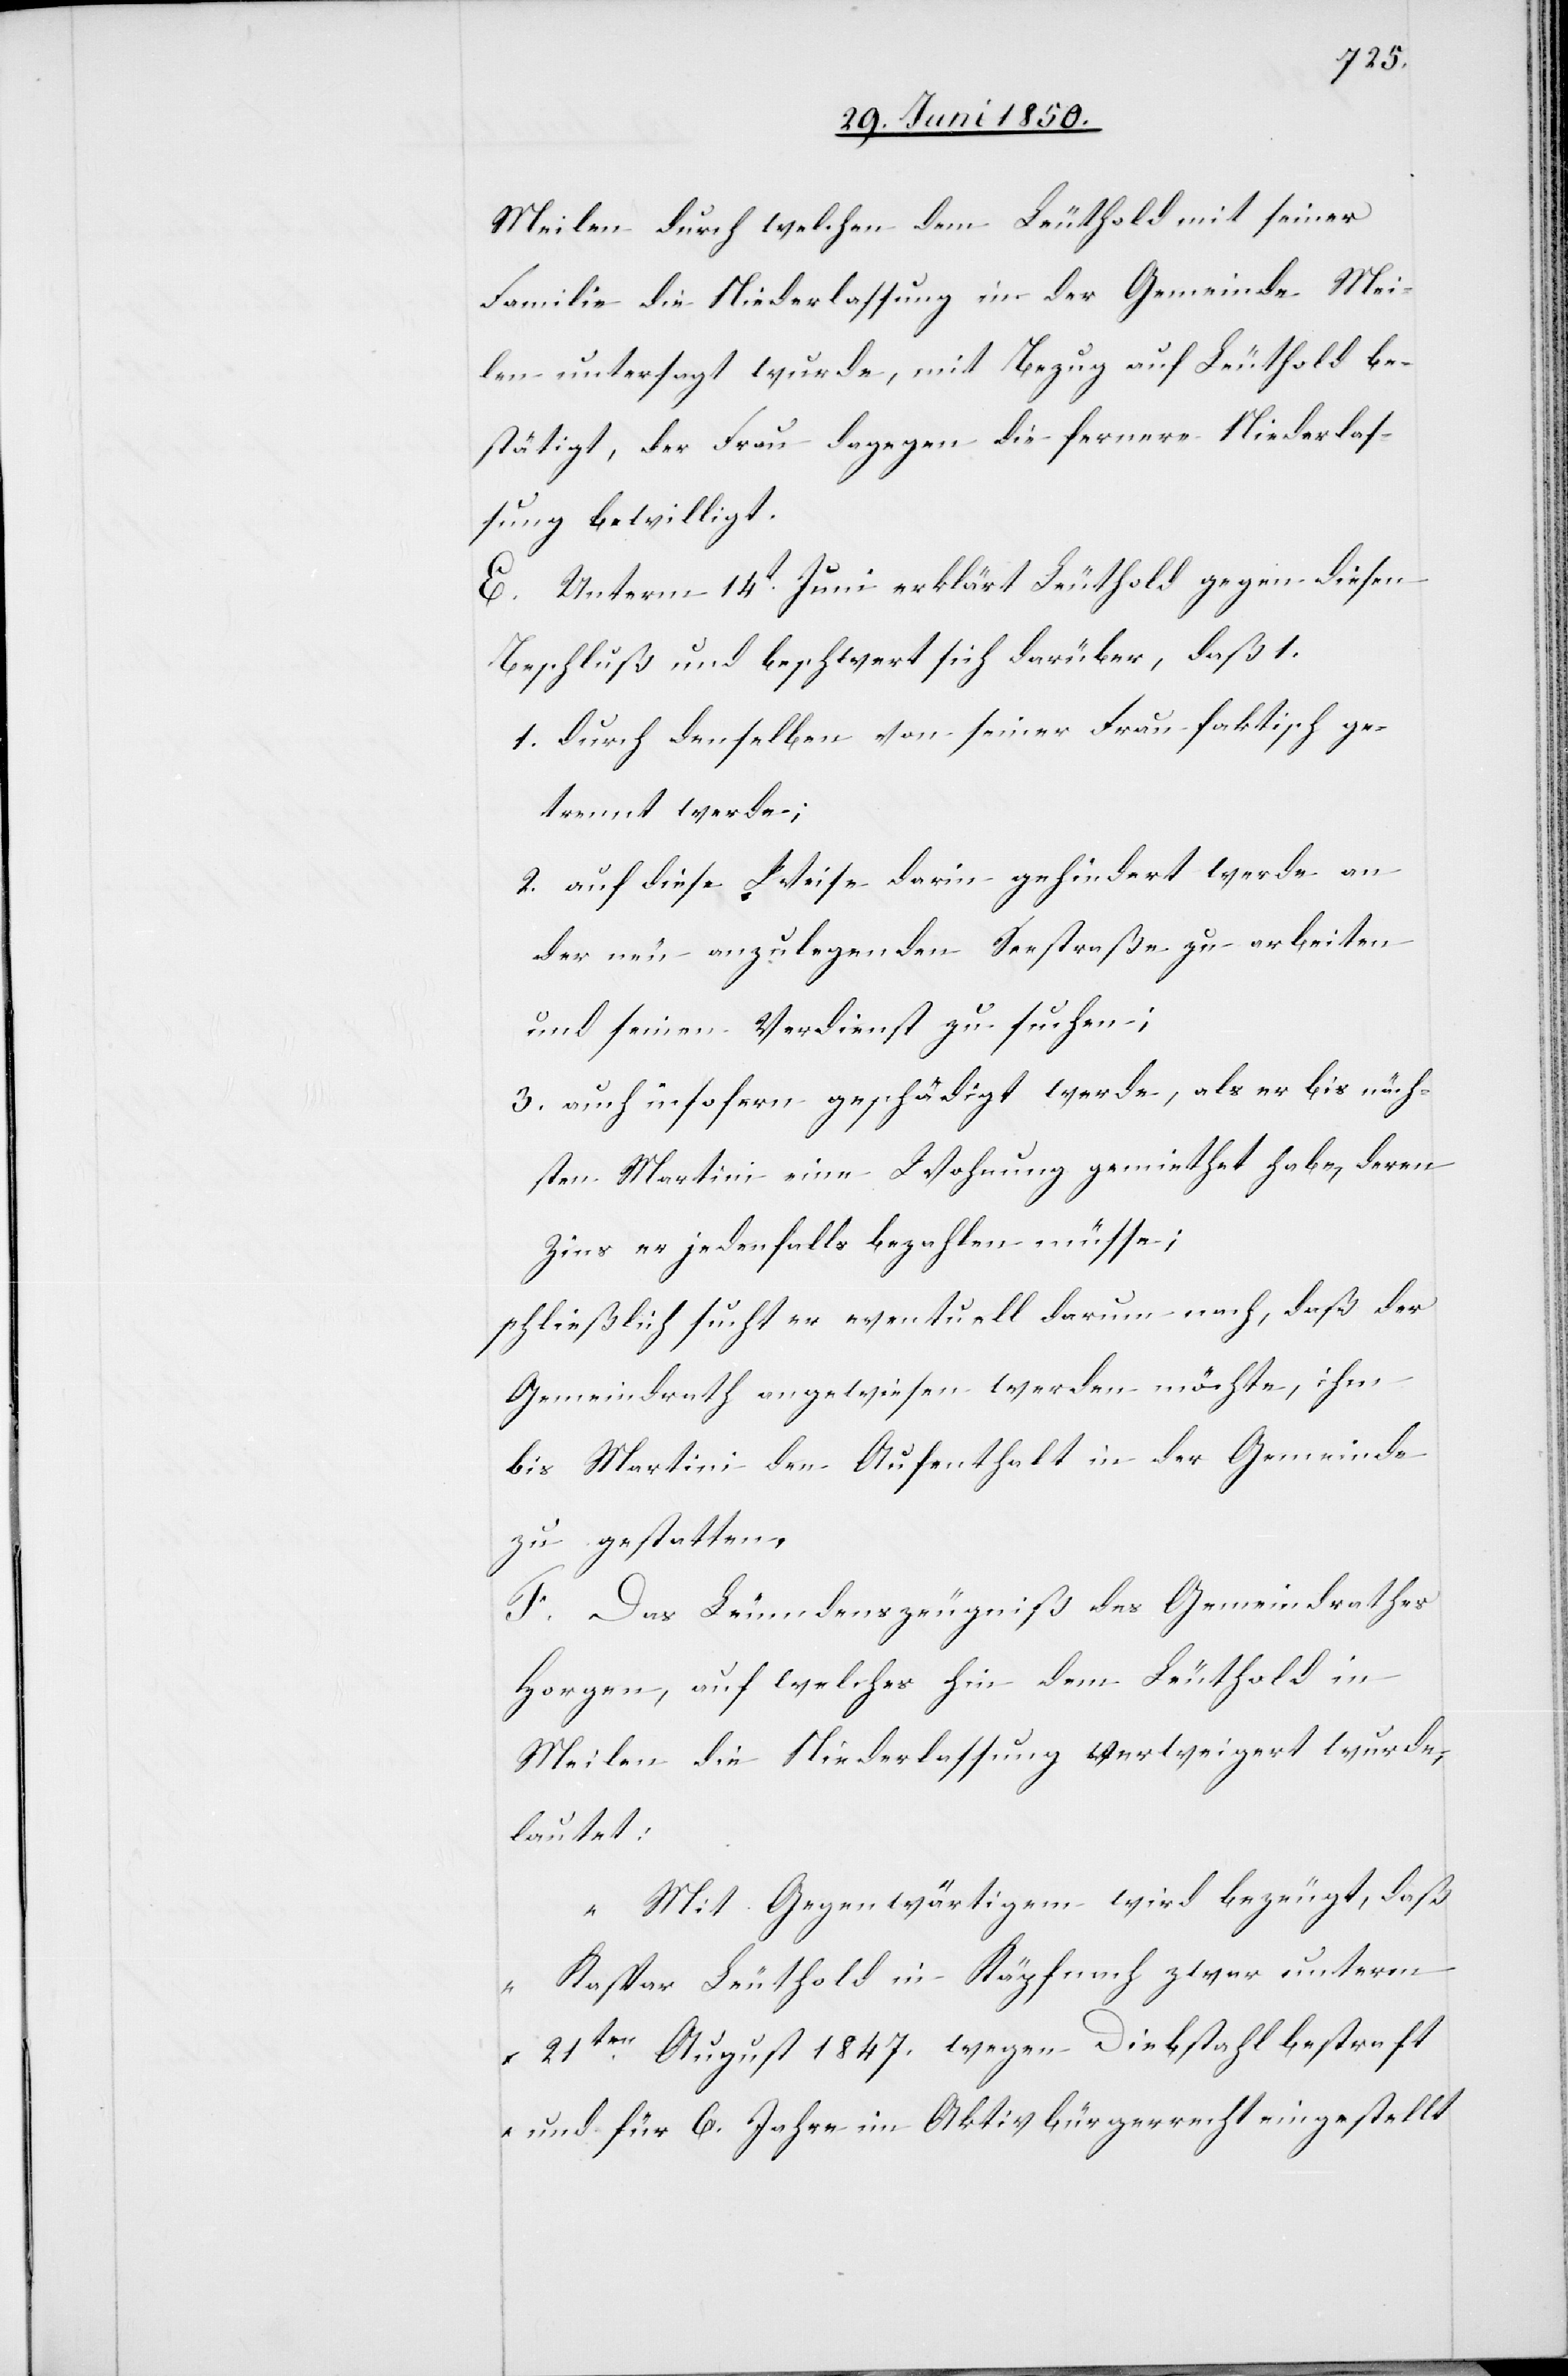
Meilen durch welchen dem Leuthold mit seiner
Familie die Niederlassung in der Gemeinde Mei¬
len untersagt wurde, mit Bezug auf Leuthold be¬
stätigt, der Frau dagegen die fernere Niederlas¬
sung bewilligt.
E. Unterm 14t Juni erklärt Leuthold gegen diesen
Beschluß und beschwert sich darüber, daß 1.
1. durch denselben von seiner Frau faktisch ge¬
trennt werde;
2. auf diese Weise darin gehindert werde an
der neu anzulegenden Seestraße zu arbeiten
und seinen Verdienst zu suchen;
3. auch insofern geschädigt werde, als er bis näch¬
sten Martini eine Wohnung gemiethet habe, deren
Zins er jedenfalls bezahlen müsse;
schließlich sucht er eventuell darum nach, daß der
Gemeindrath angewiesen werden möchte, ihm
bis Martini den Aufenthalt in der Gemeinde
zu gestatten.
F. Das Leumdenszeugniß des Gemeindrathes
Horgen, auf welches hin dem Leuthold in
Meilen die Niederlassung verweigert wurde,
lautet:
„Mit Gegenwärtigem wird bezeugt, daß
Kaspar Leuthold in Käpfnach zwar unterm
21ten August 1847. wegen Diebstahl bestraft
und für 6. Jahre im Aktivbürgerrecht eingestellt